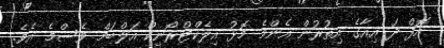
އޮފް ދަ އިއާގެ އިތުރުން އެންމެ މޮޅު އިލެކްޓްރޯނިކް އަލްބަމް ވެސްމެ އެވެ.